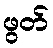
ဖွတ်